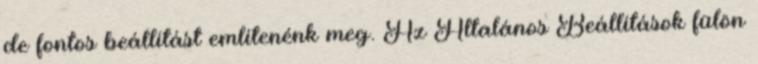
de fontos beállítást említenénk meg. Az Általános Beállítások fülön